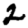
Digit: 2